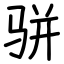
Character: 骈